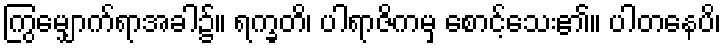
ကြွမျှောက်ရာအခါ၌။ ရက္ခတိ၊ ပါရာဇိကမှ စောင့်သေး၏။ ပါတနေပိ၊